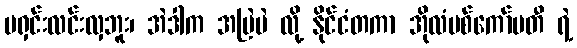
မရှင်းလင်းလှဘူး၊ အဲဒါက အမြဲပဲ လို့ နိုင်ငံတကာ အိုလံပစ်ကော်မတီ ရဲ့